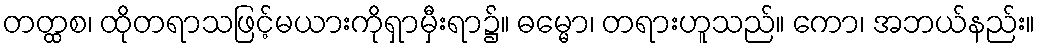
တတ္ထစ၊ ထိုတရာသဖြင့်မယားကိုရှာမှီးရာ၌။ ဓမ္မော၊ တရားဟူသည်။ ကော၊ အဘယ်နည်း။